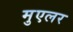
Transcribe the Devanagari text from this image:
मुएलर